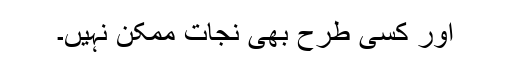
اور کسی طرح بھی نجات ممکن نہیں۔